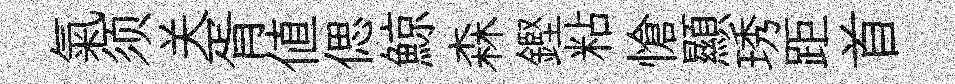
氣须关胥値偲鯨森鏗粘愴顯琇距首